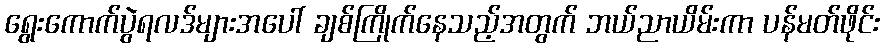
ရွေးကောက်ပွဲရလဒ်များအပေါ် ချစ်ကြိုက်နေသည့်အတွက် ဘယ်ညာယိမ်းကာ ပန်မတ်ဖိုင်း